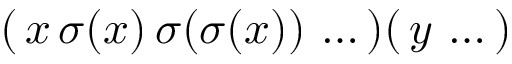
( \, x \, \sigma ( x ) \, \sigma ( \sigma ( x ) ) \, \ldots \, ) ( \, y \, \ldots \, )